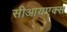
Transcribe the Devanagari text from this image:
सीआयएक्स